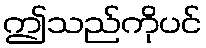
ဤသည်ကိုပင်